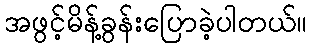
အဖွင့်မိန့်ခွန်းပြောခဲ့ပါတယ်။